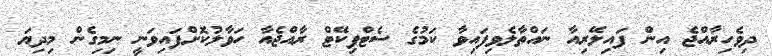
ދިވެހިރާއްޖެ އިން ފައިލޭރިއާ ނައްތާލެވިފައިވާ ކަމުގެ ސެޓްފިކޭޓް ރާއްޖެއާ ހަވާލުކޮށްފައިވަނީ ނިމިގެން މިދިޔަ